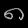
Digit: ၈